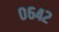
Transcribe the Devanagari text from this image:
०६४२